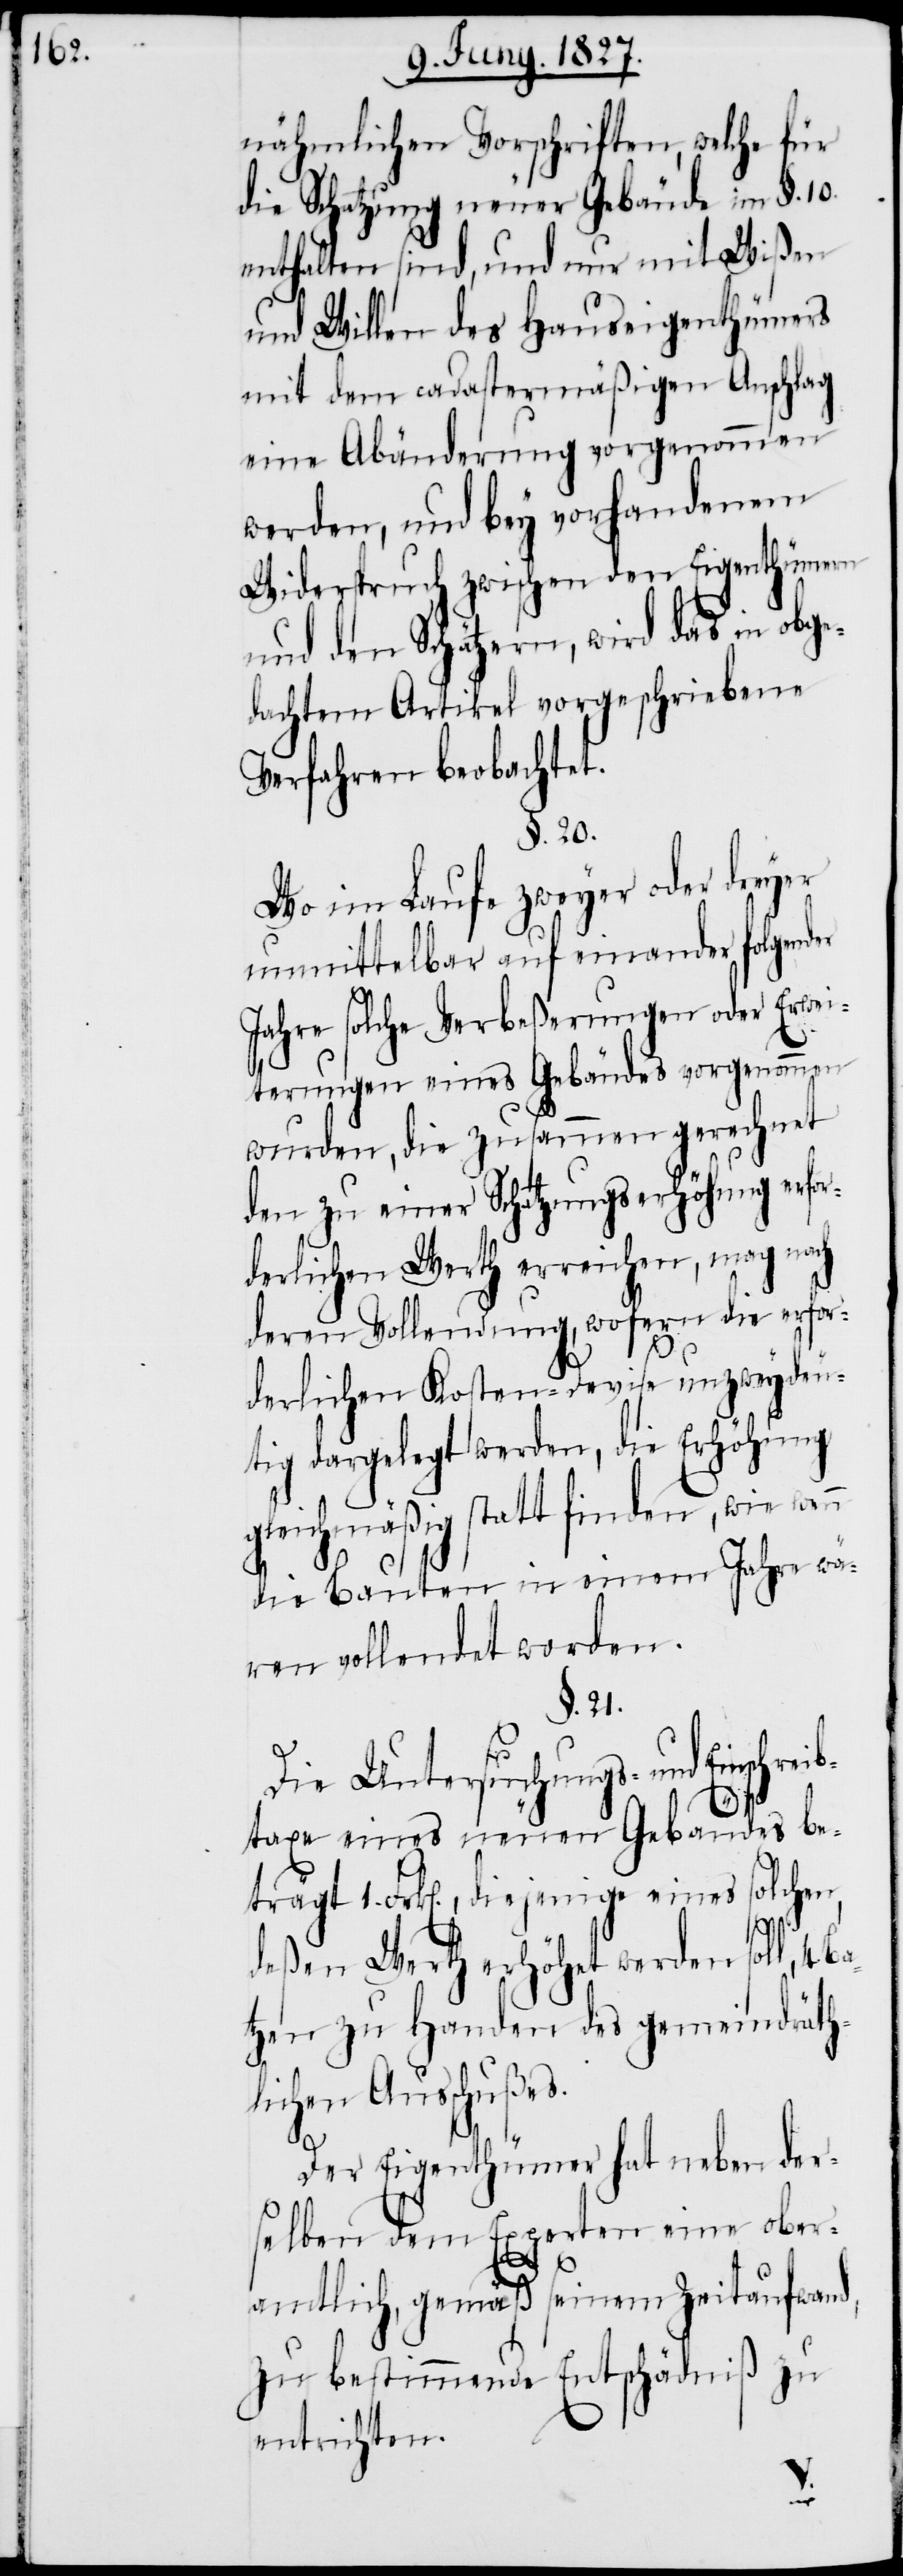
nähmlichen Vorschriften, welche für
die Schatzung neuer Gebäude im §. 10.
enthalten sind, und nur mit Wißen
und Willen des Hauseigenthümers
mit dem cadastermäßigen Anschlag
eine Abänderung vorgenommen
werden, und bey vorhandenem
Widerspruch zwischen den Eigenthümern
und den Schätzern, wird das in obge¬
dachtem Artikel vorgeschriebene
Verfahren beobachtet.
§. 20.
Wo im Laufe zweyer oder dreyer
unmittelbar auf einander folgenden
Jahre solche Verbeßerungen oder Erwei¬
terungen eines Gebäudes vorgenommen
wurden, die zuammengerechnet
den zu einer Schatzungserhöhung erfor¬
derlichen Werth erreichen, mag nach
deren Vollendung, wofern die erfor¬
derlichen Kosten-Devise unzweydeu¬
tig dargelegt werden, die Erhöhung
gleichmäßig statt finden, wie wen¬
die Bauten in einem Jahre wä¬
ren vollendet worden.
§. 21.
Die Untersuchungs- und Einschre¬
taxe eines neuen Gebäudes be¬
trägt 1. Frk[en]., diejenige eines solchen,
deßen Werth erhöhet werden soll, 4
tzen zu Handen des gemeindräth¬
lichen Ausschußes.
Der Eigenthümer hat neben der¬
selben dem Experten eine ober¬
Ba¬
amtlich, gemäß seinem Zeitaufwand,
zu bestimmende Entschädniß zu
entrichten.
ib¬